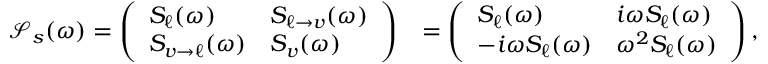
\begin{array} { r l } { \mathcal { S } _ { s } ( \omega ) = \left( \begin{array} { l l } { S _ { \ell } ( \omega ) } & { S _ { \ell \to v } ( \omega ) } \\ { S _ { v \to \ell } ( \omega ) } & { S _ { v } ( \omega ) } \end{array} \right) } & { = \left( \begin{array} { l l } { S _ { \ell } ( \omega ) } & { i \omega S _ { \ell } ( \omega ) } \\ { - i \omega S _ { \ell } ( \omega ) } & { \omega ^ { 2 } S _ { \ell } ( \omega ) } \end{array} \right) , } \end{array}